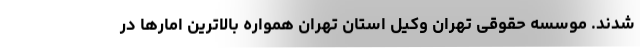
شدند. موسسه حقوقی تهران وکیل استان تهران همواره بالاترین امارها در